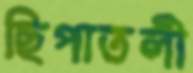
ছিপাতলী